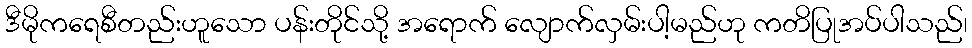
ဒီမိုကရေစီတည်းဟူသော ပန်းတိုင်သို့ အရောက် လျောက်လှမ်းပါ့မည်ဟု ကတိပြုအပ်ပါသည်၊